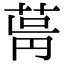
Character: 𦱫